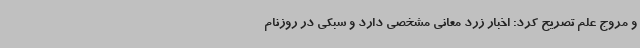
و مروج علم تصریح کرد: اخبار زرد معانی مشخصی دارد و سبکی در روزنام